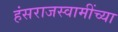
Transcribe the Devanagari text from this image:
हंसराजस्वामींच्या